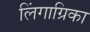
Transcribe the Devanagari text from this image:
लिंगाग्रिका